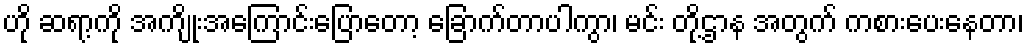
ဟို ဆရာ့ကို အကျိုးအကြောင်းပြောတော့ ခြောက်တာပါကွာ၊ မင်း တို့ဌာန အတွက် ကစားပေးနေတာ၊